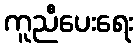
ကူညီပေးရေး